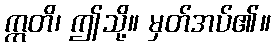
ဣတိ၊ ဤသို့။ မှတ်အပ်၏။